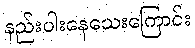
နည်းပါးနေသေးကြောင်း